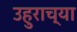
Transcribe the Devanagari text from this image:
उहुराच्या